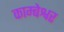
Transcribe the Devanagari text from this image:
काम्बेश्वर